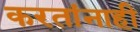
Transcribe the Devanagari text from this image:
करतांनाही